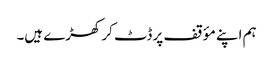
ہم اپنے مؤقف پر ڈٹ کر کھڑے ہیں۔